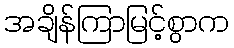
အချိန်ကြာမြင့်စွာက